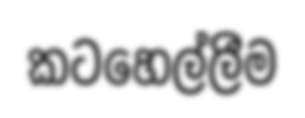
කටහෙල්ලීම